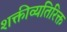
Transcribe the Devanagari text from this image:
शक्तीव्यतिरिक्त